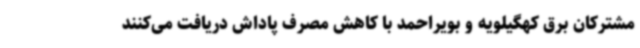
مشترکان برق کهگیلویه و بویراحمد با کاهش مصرف پاداش دریافت می‌کنند